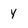
Character: y